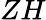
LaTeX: ZH